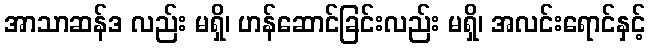
အာသာဆန်ဒ လည်း မရှိ၊ ဟန်ဆောင်ခြင်းလည်း မရှိ၊ အလင်းရောင်နှင့်